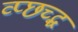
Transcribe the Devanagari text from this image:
व्प्छच्द्ध